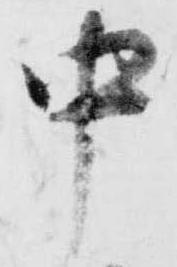
中